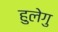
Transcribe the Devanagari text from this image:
हुलेगु